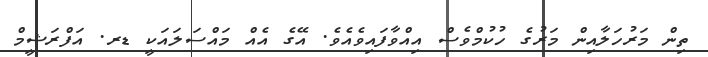
ތިން މަރުހަލާއިން މަރުގެ ހުކުމްވެސް އިއްވާފައިވެއެވެ. އޭގެ އެއް މައްސަލައަކީ ޑރ. އަފްރަޝީމް